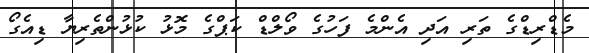
މެޑްރިޑްގެ ތަރި އަދި އެންމެ ފަހުގެ ވޯލްޑް ކަޕްގެ މޮޅު ކުޅުންތެރިޔާ ޑިއެގޯ